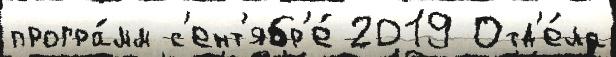
програ́мм с'ент'ябр'е́ 2019 Отд'е́ла